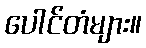
ပေါင်တံများ။